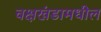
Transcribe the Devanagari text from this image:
वक्षखंडामधील